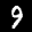
Label: 9